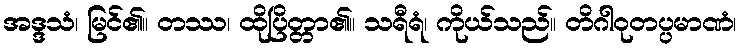
အဒ္ဒသံ၊ မြင်၏။ တဿ၊ ထိုပြိတ္တာ၏။ သရီရံ၊ ကိုယ်သည်။ တိဂါဝုတပ္ပမာဏံ၊